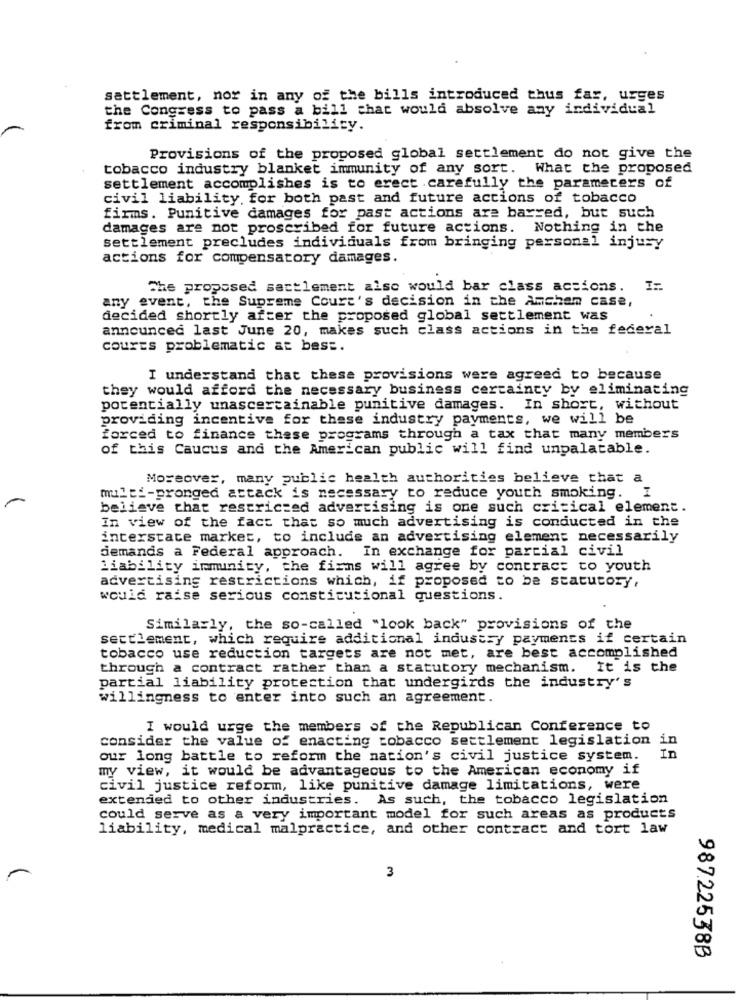
settlement, nor in any of the bills introduced thus far, urges
the Congress to pass a bill chat would absolve any individual
from criminal responsibility.
Provisions of the proposed global settlement do not give the
tobacco industry blanket immunity of any sort. What the proposed
settlement accomplishes is to erect .carefully the parameters of
civil liability for both past and future actions of tobacco
firms. Punitive damages for past actions are barred, but such
damages are not proscribed for future actions. Nothing in the
settlement precludes individuals from bringing personal injury
actions for compensatory damages.
The proposed sactlement also would bar class actions. IF
any event, the Supreme Court's decision in the Amcham case,
decided shortly after the proposed global settlement was
announced last June 20, makes such class actions in the federal
courts problematic at best.
I understand that these provisions were agreed to because
they would afford the necessary business certainty by eliminating
potentially unascercainable punitive damages. In short, without
providing incentive for these industry payments, we will be
forced to finance these programs through a tax that many members
of this Caucus and the American public will find unpalatable.
Moreover, many public health authorities believe that a
multi-pronged attack is necessary to reduce youth smoking.
I
believe that restricted advertising is one such critical element.
In view of the fact that so much advertising is conducted in the
interstate market, to include an advertising element necessarily
demands a Federal approach. In exchange for parcial civil
Liability immunity, the finns will agree by contract to youth
advertising restrictions which, if proposed to be statutory,
would raise serious constitutional questions.
Similarly, the so-called "look back" provisions of the
settlement, which require additional industry payments if certain
tobacco use reduction targets are not met, are best accomplished
through a contract rather than a statutory mechanism. It is the
partial liability protection that undergirds the industry's
willingness to enter into such an agreement.
I would urge the members of the Republican Conference to
consider the value of enacting tobacco settlement legislation in
our long battle to reform the nation's civil justice system.
my view, it would be advantageous to the American economy if
civil justice reform, like punitive damage limitations, were
extended to other industries. As such, the tobacco legislation
could serve as a very important model for such areas as products
liability, medical malpractice, and other contract and tort law
3
987.22538B